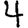
Digit: 4